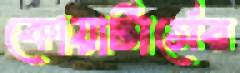
কোয়ার্টার্সের